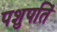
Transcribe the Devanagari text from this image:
पशुपतिं